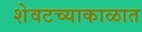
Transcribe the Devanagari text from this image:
शेवटच्याकाळात